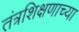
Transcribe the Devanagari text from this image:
तंत्रशिक्षणाच्या